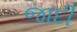
જાદી